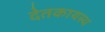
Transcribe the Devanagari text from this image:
देतकायस्थ